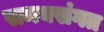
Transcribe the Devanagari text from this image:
समयसंगत